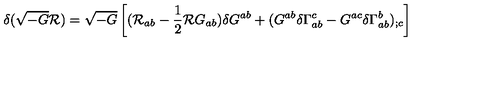
\delta ( \sqrt { - G } { \cal R } ) = \sqrt { - G } \left[ ( { \cal R } _ { a b } - \frac { 1 } { 2 } { \cal R } G _ { a b } ) \delta G ^ { a b } + ( G ^ { a b } \delta \Gamma _ { a b } ^ { c } - G ^ { a c } \delta \Gamma _ { a b } ^ { b } ) _ { ; c } \right]